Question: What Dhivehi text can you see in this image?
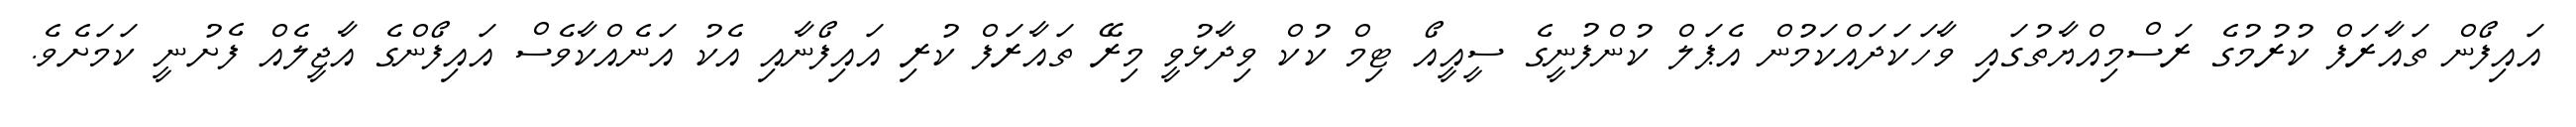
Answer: އައިފޯން ތައާރަފް ކުރުމުގެ ރަސްމިއްޔާތުގައި ވާހަކަދައްކަމުން އެޕަލް ކުންފުނީގެ ސީއީއޯ ޓިމް ކުކް ވިދާޅުވީ މިރޭ ތައާރަފް ކުރި އައިފޯނާއި އެކު އަނެއްކާވެސް އައިފޯންގެ އާޖީލެއް ފެށުނީ ކަމަށެވެ.